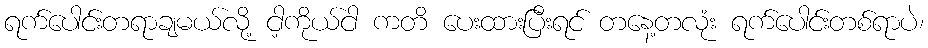
ရက်ပေါင်းတရာချမယ်လို့ ငါ့ကိုယ်ငါ ကတိ ပေးထားပြီးရင် တနေ့တလုံး ရက်ပေါင်းတစ်ရာပဲ၊